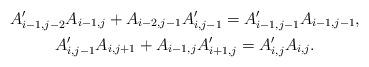
LaTeX: \begin{gather*}A'_{i-1,j-2}A_{i-1,j}+A_{i-2,j-1}A'_{i,j-1}= A'_{i-1,j-1}A_{i-1,j-1},\\A'_{i,j-1}A_{i,j+1}+A_{i-1,j}A'_{i+1,j}= A'_{i,j}A_{i,j}.\end{gather*}